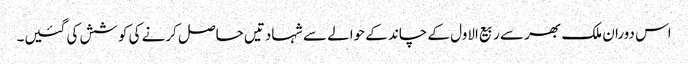
اس دوران ملک بھر سے ربیع الاول کے چاند کے حوالے سے شہادتیں حاصل کرنے کی کوشش کی گئیں۔